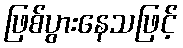
ဖြစ်ပွားနေသဖြင့်